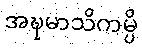
အဍ္ဎမာသိကမ္ပိ